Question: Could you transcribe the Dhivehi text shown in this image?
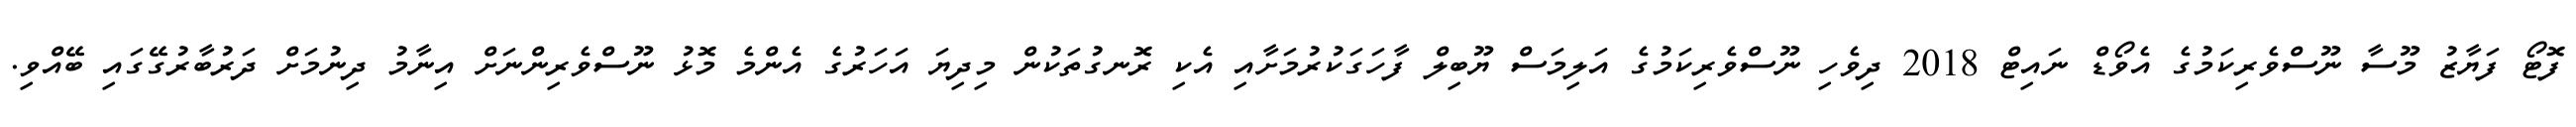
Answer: ފޮޓޯ ފަޔާޒު މޫސާ ނޫސްވެރިކަމުގެ އެވޯޑް ނައިޓް 2018 ދިވެހި ނޫސްވެރިކަމުގެ އަލިމަސް ޔޫބިލް ފާހަގަކުރުމަށާއި އެކި ރޮނގުތަކުން މިދިޔަ އަހަރުގެ އެންމެ މޮޅު ނޫސްވެރިންނަށް އިނާމު ދިނުމަށް ދަރުބާރުގޭގައި ބޭއްވި.